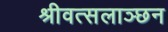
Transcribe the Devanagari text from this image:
श्रीवत्सलाञ्छन